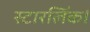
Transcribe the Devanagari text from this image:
स्टारलिंक।